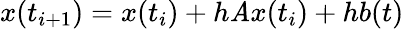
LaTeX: x(t_{i+1})=x(t_{i})+h\mathit{A}x(t_{i})+hb(t)